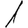
Digit: 1